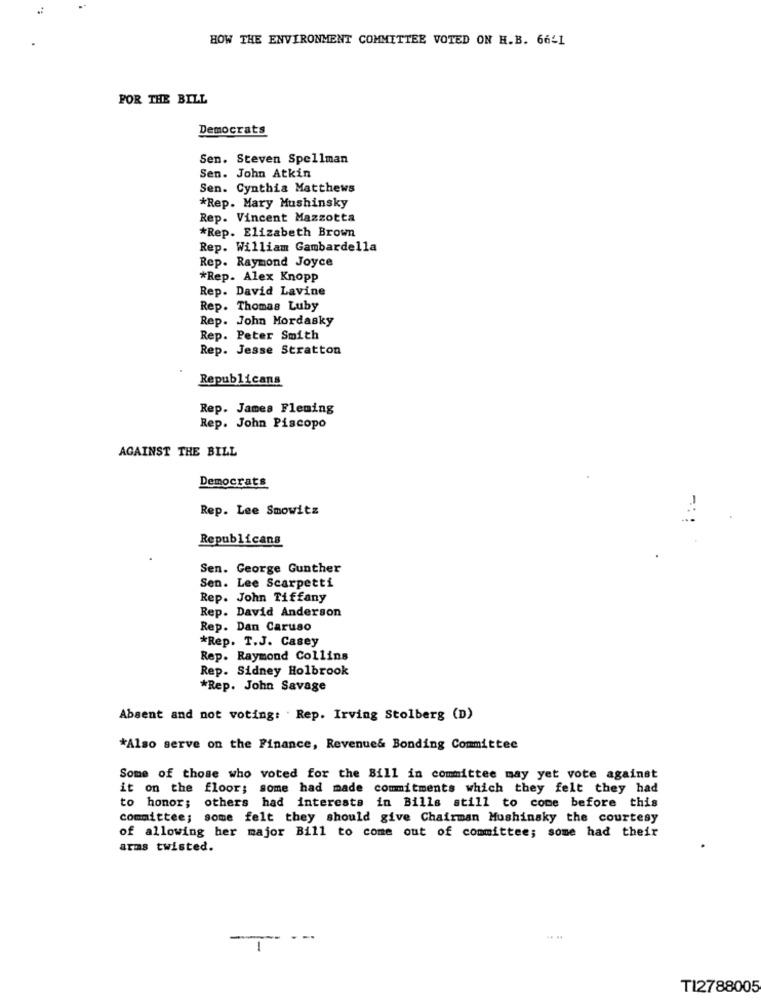
HOW THE ENVIRONMENT COMMITTEE VOTED ON H.B. 6641
FOR THE BILL
Democrats
Sen. Steven Spellman
Sen. John Atkin
Sen. Cynthia Matthews
*Rep. Mary Mushinsky
Rep. Vincent Mazzotta
*Rep. Elizabeth Brown
Rep. William Gambardella
Rep. Raymond Joyce
*Rep. Alex Knopp
Rep. David Lavine
Rep. Thomas Luby
Rep. John Mordasky
Rep. Peter Smith
Rep. Jesse Stratton
Republicans
Rep. James Fleming
Rep. John Piscopo
AGAINST THE BILL
Democrats
Rep. Lee Smowitz
-:
Republicans
Sen. George Gunther
Sen. Lee Scarpetti
Rep. John Tiffany
Rep. David Anderson
Rep. Dan Caruso
*Rep. T.J. Casey
Rep. Raymond Collins
Rep. Sidney Holbrook
*Rep. John Savage
Absent and not voting: . Rep. Irving Stolberg (D)
*Also serve on the Finance, Revenue& Bonding Committee
Some of those who voted for the Bill in committee may yet vote against
it on the floor; some had made commitments which they felt they had
to honor; others had interests in Bills still to come before this
committee; some felt they should give Chairman Mushinsky the courtesy
of allowing her major Bill to come out of committee; some had their
arms twisted.
.. ..
1
TI2788005